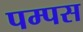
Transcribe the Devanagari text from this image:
पम्पस